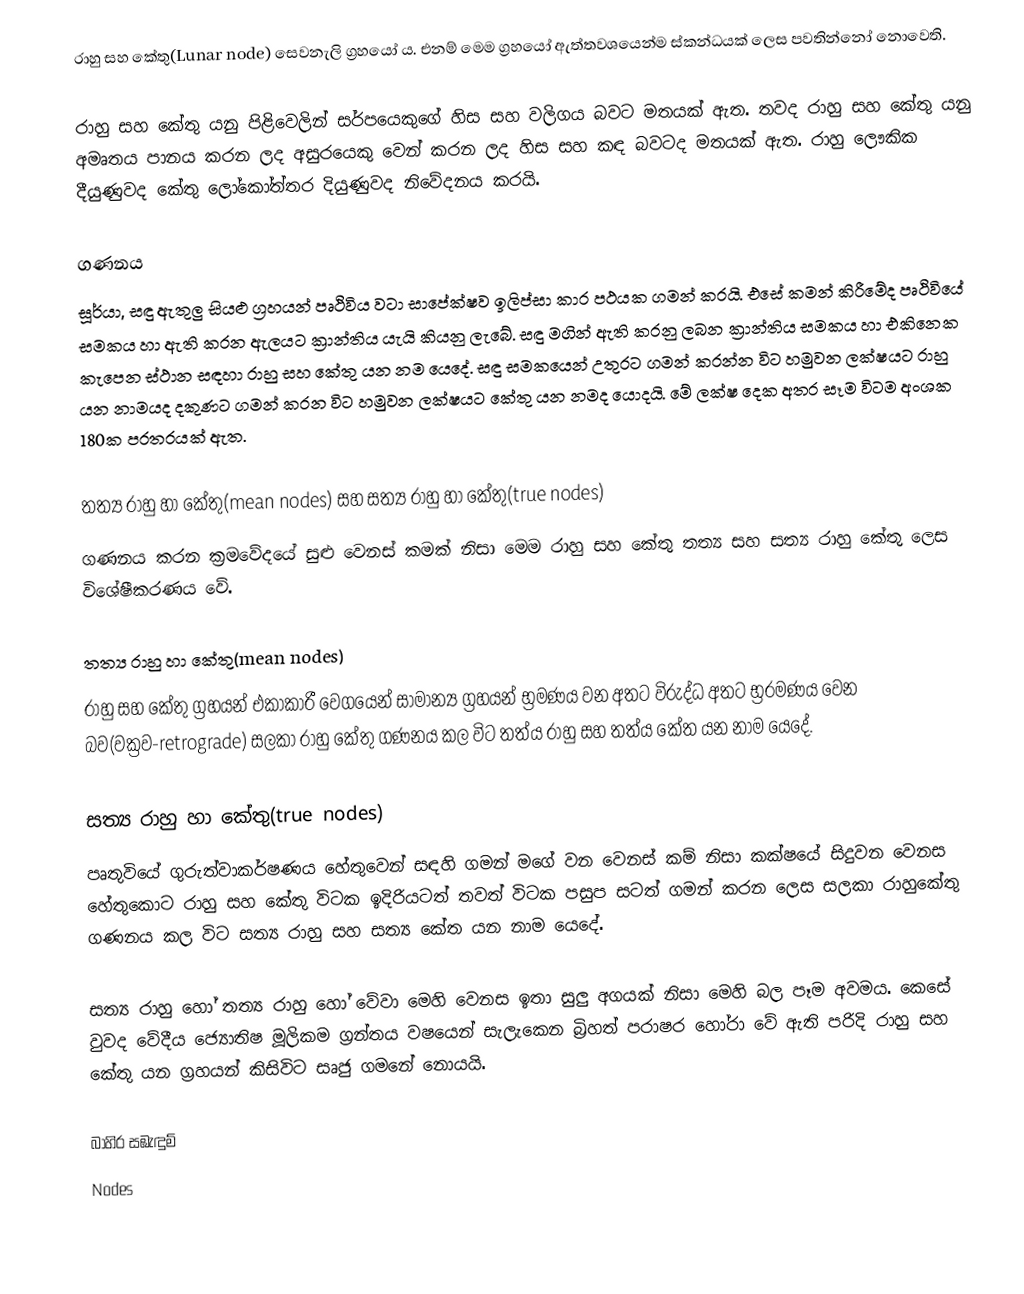
රාහු සහ කේතු(Lunar node) සෙවනැලි ග්‍රහයෝ ය. එනම් මෙම ග්‍රහයෝ ඇත්තවශයෙන්ම ස්කන්ධයක් ලෙස පවතින්නෝ නොවෙති.

රාහු සහ කේතු යනු පිළිවෙලින් සර්පයෙකුගේ හිස සහ වලිගය බවට මතයක් ඇත. තවද රාහු සහ කේතු යනු අමෘතය පානය කරන ලද අසුරයෙකු වෙන් කරන ලද හිස සහ කඳ බවටද මතයක් ඇත. රාහු ලෞකික දීයුණුවද කේතු ලෝකෝත්තර දියුණුවද නිවේදනය කරයි.

ගණනය
සූර්යා, සඳු ඇතුලු සියළු ග්‍රහයන් පෘථිවිය වටා සාපේක්ෂව ඉලිප්සා කාර පථයක ගමන් කරයි. එසේ කමන් කිරීමේද පෘථිවියේ සමකය හා ඇති කරන ඇලයට ක්‍රාන්තිය යැයි කියනු ලැබේ. සඳු මගින් ඇති කරනු ලබන ක්‍රාන්තිය සමකය හා එකිනෙක කැපෙන ස්ථාන සඳහා රාහු සහ කේතු යන නම යෙදේ. සඳු සමකයෙන්  උතුරට ගමන් කරන්න විට හමුවන ලක්ෂයට රාහු යන නාමයද දකුණට ගමන් කරන විට හමුවන ලක්ෂයට කේතු යන නමද යොදයි. මේ ලක්ෂ දෙක අතර සෑම විටම අංශක 180ක පරතරයක් ඇත.

තත්‍ය රාහු හා‍ කේතු(mean nodes) සහ සත්‍ය රාහු හා‍ කේතු(true nodes)
ගණනය කරන ක්‍රමවේදයේ සුළු වෙනස් කමක් නිසා මෙම රාහු සහ කේතු තත්‍ය සහ සත්‍ය රාහු‍ කේතු ලෙස විශේෂීකරණය වේ.

තත්‍ය රාහු හා‍ කේතු(mean nodes)
රාහු සහ කේතු ග්‍රහයන් එකාකාරී වෙගයෙන් සාමාන්‍ය ග්‍රහයන් භ්‍රමණය වන අතට විරුද්ධ අතට භ්‍රරමණය වෙන බව(වක්‍රව-retrograde) සලකා රාහු කේතු ගණනය කල විට තත්ය රාහු සහ තත්ය කේත යන නාම යෙදේ.

සත්‍ය රාහු හා‍ කේතු(true nodes)
පෘතුවියේ ගුරුත්වාකර්ෂණය හේතුවෙන් සඳ‍හි ගමන් මගේ වන වෙනස් කම් නිසා කක්ෂයේ සිදුවන වෙනස හේතුකොට රාහු සහ කේතු ‍විටක ඉදිරියටත් තවත් විටක පසුප සටත් ගමන් කරන ලෙස සලකා රාහුකේතු ගණනය කල විට සත්‍ය රාහු සහ සත්‍ය කේත යන නාම යෙදේ.

සත්‍ය රාහු හෝ ‍තත්‍ය රාහු ‍හෝ වේවා මෙහි වෙනස ඉතා සුලු අගයක් නිසා මෙහි බල පෑම අවමය. කෙසේ වුවද වේදීය ජ්‍යොතිෂ මූලිකම ග්‍රන්තය වෂයෙන් සැලැකෙන බ්‍රිහත් පරාෂර හෝරා වේ ඇති පරිදි රාහු සහ කේතු යන ග්‍රහයන් කිසිවිට සෘජු ගමනේ නොයයි.

බාහිර සඹැඳුම්
Nodes